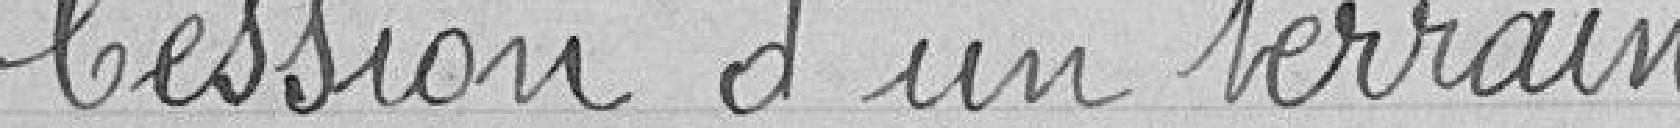
Cession d'un terrain